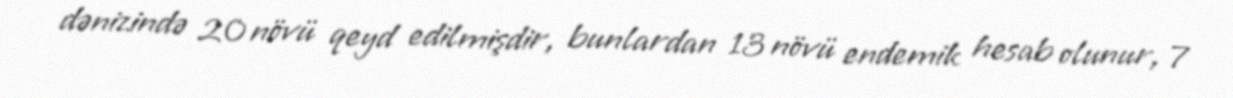
dənizində 20 növü qeyd edilmişdir, bunlardan 13 növü endemik hesab olunur, 7